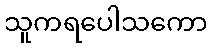
သူကရပေါသကော